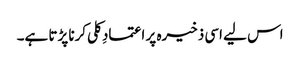
اس لیے اسی ذخیرہ پر اعتمادِ کلی کرنا پڑتا ہے۔